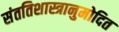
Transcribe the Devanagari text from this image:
संततिशास्त्रानुमोदित